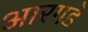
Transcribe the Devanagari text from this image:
आरगडे